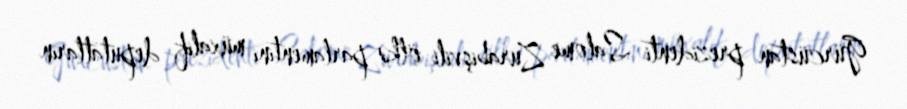
Gürcüstan prezidenti Salome Zurabişvili ölkə parlamentini müxalif deputatların